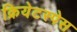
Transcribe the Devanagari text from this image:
क्रियेटस्पेस